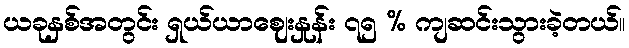
ယခုနှစ်အတွင်း ရှယ်ယာဈေးနှုန်း ၇၅ % ကျဆင်းသွားခဲ့တယ်။